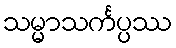
သမ္မာသင်္ကပ္ပဿ